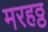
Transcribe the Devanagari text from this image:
मरहठ्ठ